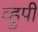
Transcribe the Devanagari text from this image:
व्हुपी